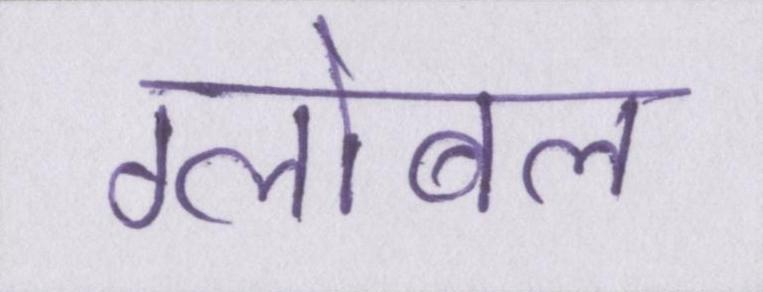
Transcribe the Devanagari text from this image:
ग्लोबल